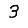
Digit: 3